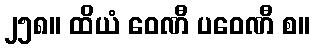
၂၅၈။ ထိယံ ဝေဏီ ပဝေဏီ စ။